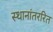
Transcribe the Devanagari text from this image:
स्थानांतररित